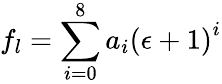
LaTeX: f_{l}=\sum_{i=0}^{8}a_{i}\left(\epsilon+1\right)^{i}